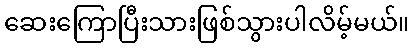
ဆေးကြောပြီးသားဖြစ်သွားပါလိမ့်မယ်။